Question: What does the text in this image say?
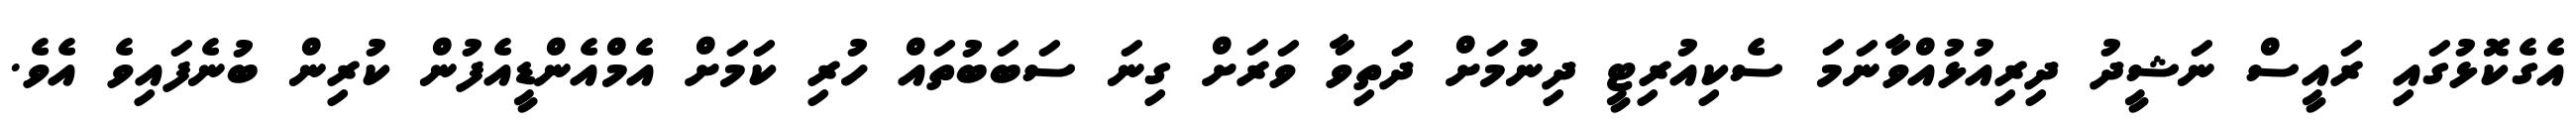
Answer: އެގެކޮޅުގައި ރައީސް ނަޝީދު ދިރިއުޅުއްވާނަމަ ސެކިއުރިޓީ ދިނުމަށް ދަތިވާ ވަރަށް ގިނަ ސަބަބުތައް ހުރި ކަމަށް އެމްއެންޑީއެފުން ކުރިން ބުނެފައިވެ އެވެ.